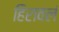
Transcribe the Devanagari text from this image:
हिरावलं